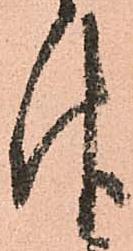
報